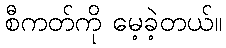
စီကတ်ကို မေ့ခဲ့တယ်။